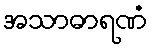
အသာဓာရဏံ